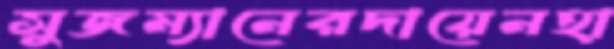
সুজম্যানেরদায়েনহা